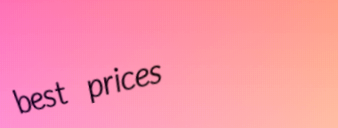
best prices